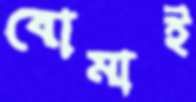
বোমাই